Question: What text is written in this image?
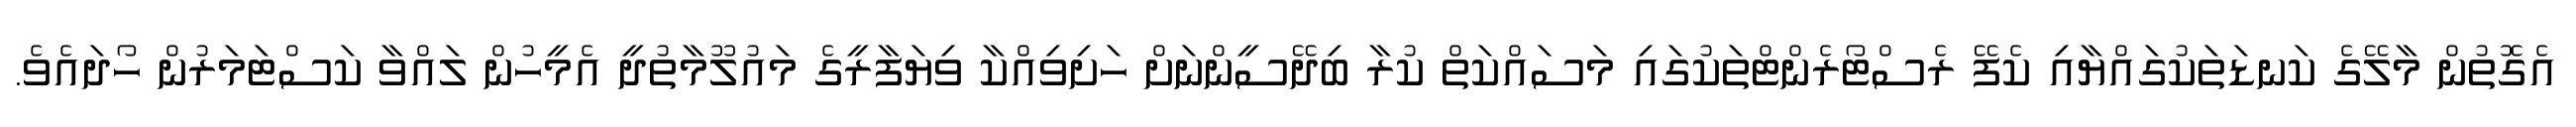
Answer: އެގޮތުން މާލޭގެ ކަނޑަތަކުގައްޔާއި ކެފޭ ރެސްޓޯރެންޓްތަކުގައި މަސައްކަތް ކުރާ ބިދޭސީންނަށް ހަށިވިއްކާ ވިޔަފާރީގެ މައުލޫމާތުދީ އެމީހުން ލައްވާ ކަސްޓަމަރުން ހޯދައެވެ.